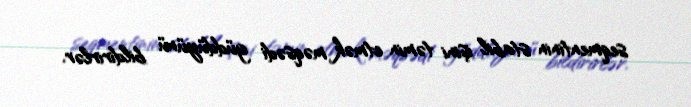
seqmentinin stabil işini təmin etmək məqsədi güddüyünü bildirirlər.